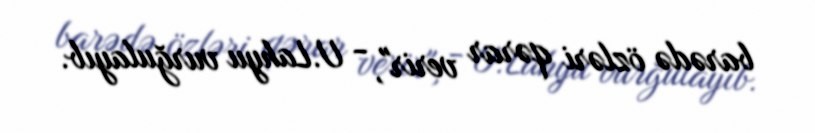
barədə özləri qərar verir", - U.Lahyu vurğulayıb.